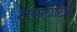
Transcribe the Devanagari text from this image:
टांसलांटिक